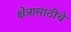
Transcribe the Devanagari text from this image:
क्षेत्रासाठीचे